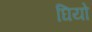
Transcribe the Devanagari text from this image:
घियो